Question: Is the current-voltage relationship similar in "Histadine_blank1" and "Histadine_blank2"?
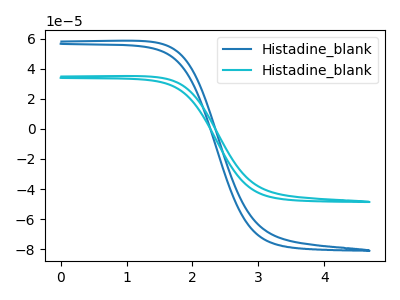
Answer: <think>The blue curve "Histadine_blank1" has no peaks. The cyan curve "Histadine_blank2" has no peaks.
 Neither "Histadine_blank1" or "Histadine_blank2" have any peaks.</think>
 <answer>"Histadine_blank1" and "Histadine_blank2" are similar in shape.</answer>
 <eval>same_shape</eval>